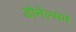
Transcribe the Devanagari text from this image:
डोनेल्सन